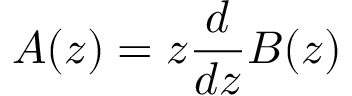
A ( z ) = z { \frac { d } { d z } } B ( z )